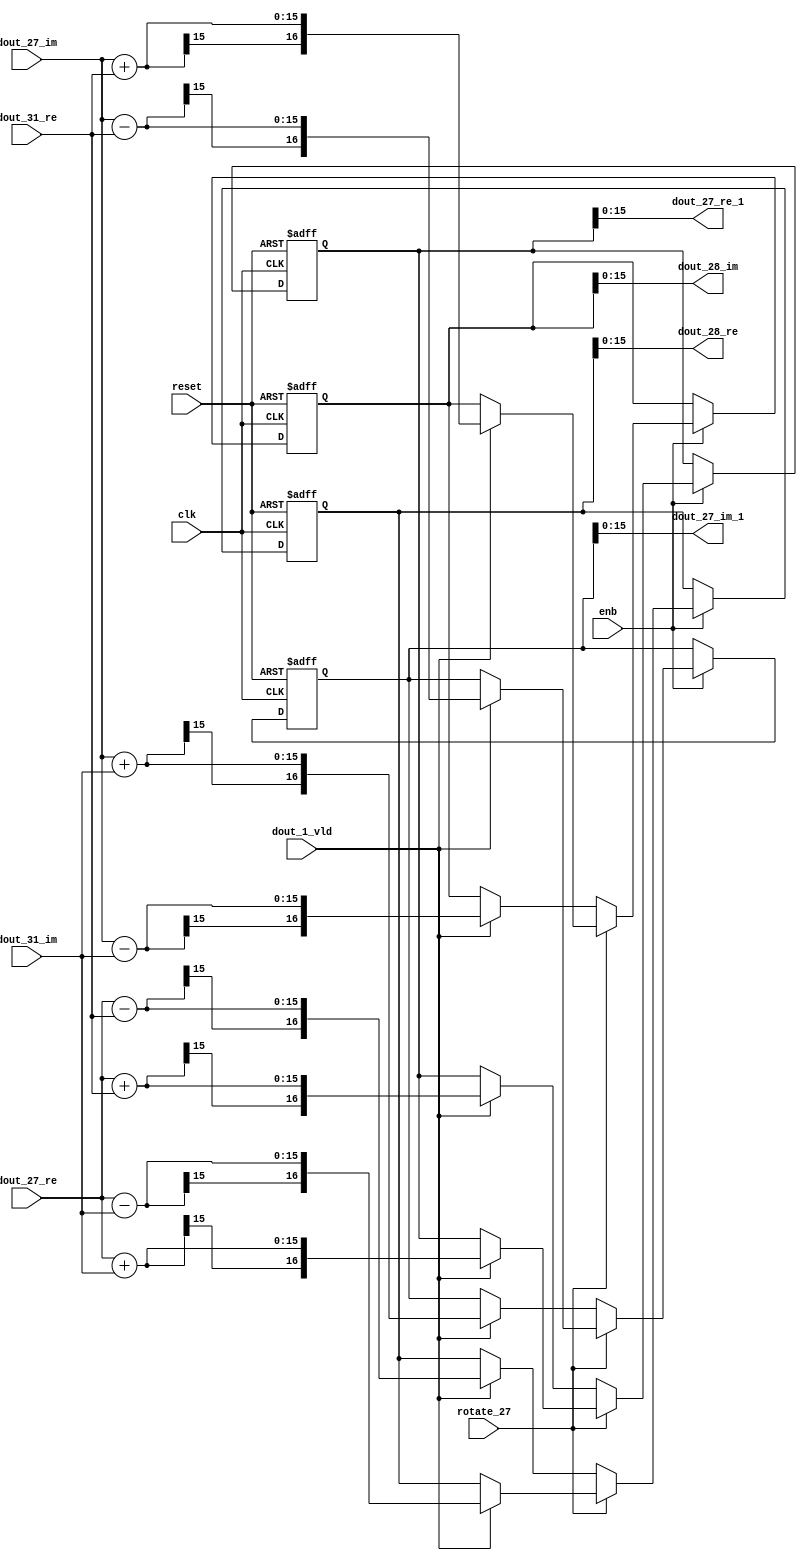
// -------------------------------------------------------------
// 
// 
// Generated by MATLAB 9.14 and HDL Coder 4.1
// 
// -------------------------------------------------------------


// -------------------------------------------------------------
// 
// Module: RADIX22FFT_SDNF2_4_block12
// Source Path: RSP/RSP/Velocity Processor/Doppler Processing/Doppler Processor/FFT/RADIX22FFT_SDNF2_4
// Hierarchy Level: 5
// 
// -------------------------------------------------------------

`timescale 1 ns / 1 ns

module RADIX22FFT_SDNF2_4_block12
          (clk,
           reset,
           enb,
           rotate_27,
           dout_27_re,
           dout_27_im,
           dout_31_re,
           dout_31_im,
           dout_1_vld,
           dout_27_re_1,
           dout_27_im_1,
           dout_28_re,
           dout_28_im);


  input   clk;
  input   reset;
  input   enb;
  input   rotate_27;  // ufix1
  input   signed [14:0] dout_27_re;  // sfix15_En10
  input   signed [14:0] dout_27_im;  // sfix15_En10
  input   signed [14:0] dout_31_re;  // sfix15_En10
  input   signed [14:0] dout_31_im;  // sfix15_En10
  input   dout_1_vld;
  output  signed [15:0] dout_27_re_1;  // sfix16_En10
  output  signed [15:0] dout_27_im_1;  // sfix16_En10
  output  signed [15:0] dout_28_re;  // sfix16_En10
  output  signed [15:0] dout_28_im;  // sfix16_En10


  wire signed [15:0] din1_re;  // sfix16_En10
  wire signed [15:0] din1_im;  // sfix16_En10
  wire signed [15:0] din2_re;  // sfix16_En10
  wire signed [15:0] din2_im;  // sfix16_En10
  reg  Radix22ButterflyG2_NF_din_vld_dly;
  reg signed [16:0] Radix22ButterflyG2_NF_btf1_re_reg;  // sfix17
  reg signed [16:0] Radix22ButterflyG2_NF_btf1_im_reg;  // sfix17
  reg signed [16:0] Radix22ButterflyG2_NF_btf2_re_reg;  // sfix17
  reg signed [16:0] Radix22ButterflyG2_NF_btf2_im_reg;  // sfix17
  reg  Radix22ButterflyG2_NF_din_vld_dly_next;
  reg signed [16:0] Radix22ButterflyG2_NF_btf1_re_reg_next;  // sfix17_En10
  reg signed [16:0] Radix22ButterflyG2_NF_btf1_im_reg_next;  // sfix17_En10
  reg signed [16:0] Radix22ButterflyG2_NF_btf2_re_reg_next;  // sfix17_En10
  reg signed [16:0] Radix22ButterflyG2_NF_btf2_im_reg_next;  // sfix17_En10
  reg signed [15:0] dout_27_re_2;  // sfix16_En10
  reg signed [15:0] dout_27_im_2;  // sfix16_En10
  reg signed [15:0] dout_28_re_1;  // sfix16_En10
  reg signed [15:0] dout_28_im_1;  // sfix16_En10
  reg  dout_4_vld;
  reg signed [16:0] Radix22ButterflyG2_NF_add_cast;  // sfix17_En10
  reg signed [16:0] Radix22ButterflyG2_NF_add_cast_0;  // sfix17_En10
  reg signed [16:0] Radix22ButterflyG2_NF_add_cast_1;  // sfix17_En10
  reg signed [16:0] Radix22ButterflyG2_NF_add_cast_2;  // sfix17_En10
  reg signed [16:0] Radix22ButterflyG2_NF_sub_cast;  // sfix17_En10
  reg signed [16:0] Radix22ButterflyG2_NF_sub_cast_0;  // sfix17_En10
  reg signed [16:0] Radix22ButterflyG2_NF_sub_cast_1;  // sfix17_En10
  reg signed [16:0] Radix22ButterflyG2_NF_sub_cast_2;  // sfix17_En10
  reg signed [16:0] Radix22ButterflyG2_NF_add_cast_3;  // sfix17_En10
  reg signed [16:0] Radix22ButterflyG2_NF_add_cast_4;  // sfix17_En10
  reg signed [16:0] Radix22ButterflyG2_NF_add_cast_5;  // sfix17_En10
  reg signed [16:0] Radix22ButterflyG2_NF_add_cast_6;  // sfix17_En10
  reg signed [16:0] Radix22ButterflyG2_NF_sub_cast_3;  // sfix17_En10
  reg signed [16:0] Radix22ButterflyG2_NF_sub_cast_4;  // sfix17_En10
  reg signed [16:0] Radix22ButterflyG2_NF_sub_cast_5;  // sfix17_En10
  reg signed [16:0] Radix22ButterflyG2_NF_sub_cast_6;  // sfix17_En10


  assign din1_re = {dout_27_re[14], dout_27_re};



  assign din1_im = {dout_27_im[14], dout_27_im};



  assign din2_re = {dout_31_re[14], dout_31_re};



  assign din2_im = {dout_31_im[14], dout_31_im};



  // Radix22ButterflyG2_NF
  always @(posedge clk or posedge reset)
    begin : Radix22ButterflyG2_NF_process
      if (reset == 1'b1) begin
        Radix22ButterflyG2_NF_din_vld_dly <= 1'b0;
        Radix22ButterflyG2_NF_btf1_re_reg <= 17'sb00000000000000000;
        Radix22ButterflyG2_NF_btf1_im_reg <= 17'sb00000000000000000;
        Radix22ButterflyG2_NF_btf2_re_reg <= 17'sb00000000000000000;
        Radix22ButterflyG2_NF_btf2_im_reg <= 17'sb00000000000000000;
      end
      else begin
        if (enb) begin
          Radix22ButterflyG2_NF_din_vld_dly <= Radix22ButterflyG2_NF_din_vld_dly_next;
          Radix22ButterflyG2_NF_btf1_re_reg <= Radix22ButterflyG2_NF_btf1_re_reg_next;
          Radix22ButterflyG2_NF_btf1_im_reg <= Radix22ButterflyG2_NF_btf1_im_reg_next;
          Radix22ButterflyG2_NF_btf2_re_reg <= Radix22ButterflyG2_NF_btf2_re_reg_next;
          Radix22ButterflyG2_NF_btf2_im_reg <= Radix22ButterflyG2_NF_btf2_im_reg_next;
        end
      end
    end

  always @(Radix22ButterflyG2_NF_btf1_im_reg, Radix22ButterflyG2_NF_btf1_re_reg,
       Radix22ButterflyG2_NF_btf2_im_reg, Radix22ButterflyG2_NF_btf2_re_reg,
       Radix22ButterflyG2_NF_din_vld_dly, din1_im, din1_re, din2_im, din2_re,
       dout_1_vld, rotate_27) begin
    Radix22ButterflyG2_NF_add_cast_1 = 17'sb00000000000000000;
    Radix22ButterflyG2_NF_add_cast_2 = 17'sb00000000000000000;
    Radix22ButterflyG2_NF_sub_cast_1 = 17'sb00000000000000000;
    Radix22ButterflyG2_NF_sub_cast_2 = 17'sb00000000000000000;
    Radix22ButterflyG2_NF_add_cast_5 = 17'sb00000000000000000;
    Radix22ButterflyG2_NF_add_cast_6 = 17'sb00000000000000000;
    Radix22ButterflyG2_NF_sub_cast_5 = 17'sb00000000000000000;
    Radix22ButterflyG2_NF_sub_cast_6 = 17'sb00000000000000000;
    Radix22ButterflyG2_NF_add_cast = 17'sb00000000000000000;
    Radix22ButterflyG2_NF_add_cast_0 = 17'sb00000000000000000;
    Radix22ButterflyG2_NF_sub_cast = 17'sb00000000000000000;
    Radix22ButterflyG2_NF_sub_cast_0 = 17'sb00000000000000000;
    Radix22ButterflyG2_NF_add_cast_3 = 17'sb00000000000000000;
    Radix22ButterflyG2_NF_add_cast_4 = 17'sb00000000000000000;
    Radix22ButterflyG2_NF_sub_cast_3 = 17'sb00000000000000000;
    Radix22ButterflyG2_NF_sub_cast_4 = 17'sb00000000000000000;
    Radix22ButterflyG2_NF_btf1_re_reg_next = Radix22ButterflyG2_NF_btf1_re_reg;
    Radix22ButterflyG2_NF_btf1_im_reg_next = Radix22ButterflyG2_NF_btf1_im_reg;
    Radix22ButterflyG2_NF_btf2_re_reg_next = Radix22ButterflyG2_NF_btf2_re_reg;
    Radix22ButterflyG2_NF_btf2_im_reg_next = Radix22ButterflyG2_NF_btf2_im_reg;
    Radix22ButterflyG2_NF_din_vld_dly_next = dout_1_vld;
    if (rotate_27 != 1'b0) begin
      if (dout_1_vld) begin
        Radix22ButterflyG2_NF_add_cast_1 = {din1_re[15], din1_re};
        Radix22ButterflyG2_NF_add_cast_2 = {din2_im[15], din2_im};
        Radix22ButterflyG2_NF_btf1_re_reg_next = Radix22ButterflyG2_NF_add_cast_1 + Radix22ButterflyG2_NF_add_cast_2;
        Radix22ButterflyG2_NF_sub_cast_1 = {din1_re[15], din1_re};
        Radix22ButterflyG2_NF_sub_cast_2 = {din2_im[15], din2_im};
        Radix22ButterflyG2_NF_btf2_re_reg_next = Radix22ButterflyG2_NF_sub_cast_1 - Radix22ButterflyG2_NF_sub_cast_2;
        Radix22ButterflyG2_NF_add_cast_5 = {din1_im[15], din1_im};
        Radix22ButterflyG2_NF_add_cast_6 = {din2_re[15], din2_re};
        Radix22ButterflyG2_NF_btf2_im_reg_next = Radix22ButterflyG2_NF_add_cast_5 + Radix22ButterflyG2_NF_add_cast_6;
        Radix22ButterflyG2_NF_sub_cast_5 = {din1_im[15], din1_im};
        Radix22ButterflyG2_NF_sub_cast_6 = {din2_re[15], din2_re};
        Radix22ButterflyG2_NF_btf1_im_reg_next = Radix22ButterflyG2_NF_sub_cast_5 - Radix22ButterflyG2_NF_sub_cast_6;
      end
    end
    else if (dout_1_vld) begin
      Radix22ButterflyG2_NF_add_cast = {din1_re[15], din1_re};
      Radix22ButterflyG2_NF_add_cast_0 = {din2_re[15], din2_re};
      Radix22ButterflyG2_NF_btf1_re_reg_next = Radix22ButterflyG2_NF_add_cast + Radix22ButterflyG2_NF_add_cast_0;
      Radix22ButterflyG2_NF_sub_cast = {din1_re[15], din1_re};
      Radix22ButterflyG2_NF_sub_cast_0 = {din2_re[15], din2_re};
      Radix22ButterflyG2_NF_btf2_re_reg_next = Radix22ButterflyG2_NF_sub_cast - Radix22ButterflyG2_NF_sub_cast_0;
      Radix22ButterflyG2_NF_add_cast_3 = {din1_im[15], din1_im};
      Radix22ButterflyG2_NF_add_cast_4 = {din2_im[15], din2_im};
      Radix22ButterflyG2_NF_btf1_im_reg_next = Radix22ButterflyG2_NF_add_cast_3 + Radix22ButterflyG2_NF_add_cast_4;
      Radix22ButterflyG2_NF_sub_cast_3 = {din1_im[15], din1_im};
      Radix22ButterflyG2_NF_sub_cast_4 = {din2_im[15], din2_im};
      Radix22ButterflyG2_NF_btf2_im_reg_next = Radix22ButterflyG2_NF_sub_cast_3 - Radix22ButterflyG2_NF_sub_cast_4;
    end
    dout_27_re_2 = Radix22ButterflyG2_NF_btf1_re_reg[15:0];
    dout_27_im_2 = Radix22ButterflyG2_NF_btf1_im_reg[15:0];
    dout_28_re_1 = Radix22ButterflyG2_NF_btf2_re_reg[15:0];
    dout_28_im_1 = Radix22ButterflyG2_NF_btf2_im_reg[15:0];
    dout_4_vld = Radix22ButterflyG2_NF_din_vld_dly;
  end



  assign dout_27_re_1 = dout_27_re_2;

  assign dout_27_im_1 = dout_27_im_2;

  assign dout_28_re = dout_28_re_1;

  assign dout_28_im = dout_28_im_1;

endmodule  // RADIX22FFT_SDNF2_4_block12